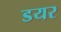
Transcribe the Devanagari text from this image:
डयर